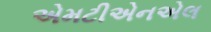
એમટીએનએલ